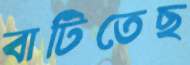
বাটিতেছ